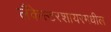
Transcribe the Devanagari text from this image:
लँकेस्टरशायरमधील